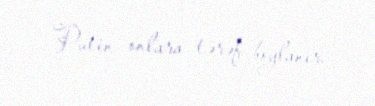
Putin onlara tərəf boylanır.